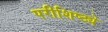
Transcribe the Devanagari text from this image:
परीशिष्ट्ये